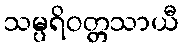
သမ္ပရိဝတ္တသာယီ